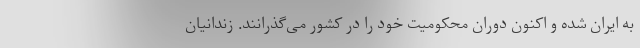
به ایران شده و اکنون دوران محکومیت خود را در کشور می‌گذرانند. زندانیان